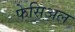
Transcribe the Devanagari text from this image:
फेसिअल